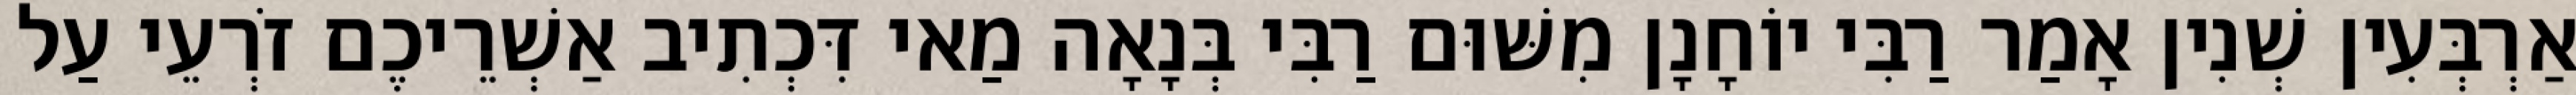
אַרְבְּעִין שְׁנִין אָמַר רַבִּי יוֹחָנָן מִשּׁוּם רַבִּי בְּנָאָה מַאי דִּכְתִיב אַשְׁרֵיכֶם זֹרְעֵי עַל